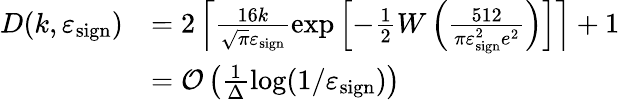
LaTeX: \begin{array}{rl}{D(k,\varepsilon_{\mathrm{sign}})}&{=2\left\lceil\frac{16k}{\sqrt{\pi}\varepsilon_{\mathrm{sign}}}\exp\left[-\frac{1}{2}W\left(\frac{512}{\pi\varepsilon_{\mathrm{sign}}^{2}e^{2}}\right)\right]\right\rceil+1}\\ &{=\mathcal{O}\left(\frac{1}{\Delta}\log(1/\varepsilon_{\mathrm{sign}})\right)}\end{array}